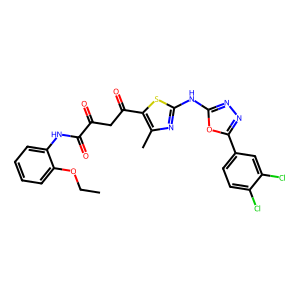
SMILES: CCOc1ccccc1NC(=O)C(=O)CC(=O)c1sc(Nc2nnc(-c3ccc(Cl)c(Cl)c3)o2)nc1C
Inhibits HIV replication: No